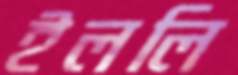
ইললি